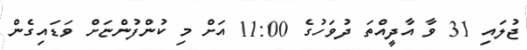
ޖުލައި 31 ވާ އާދީއްތަ ދުވަހުގެ 11:00 އަށް މި ކުންފުންޏަށް ވަޑައިގެން